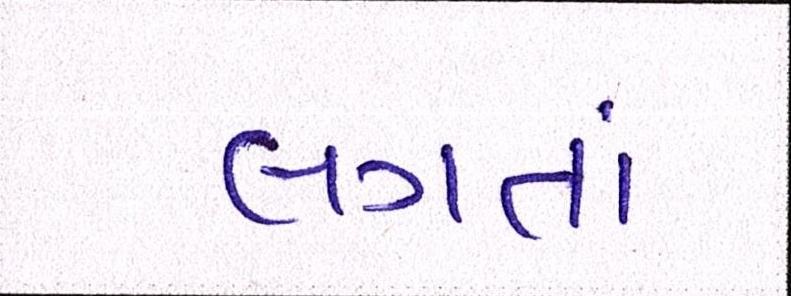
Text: લગતાં